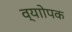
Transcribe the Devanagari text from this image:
व्याोपक